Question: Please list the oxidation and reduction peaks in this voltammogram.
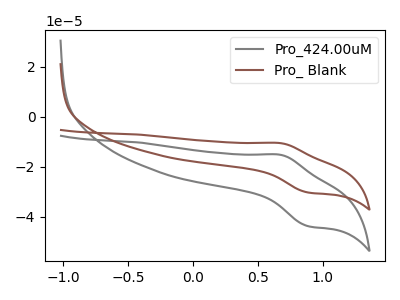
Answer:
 <answer>The gray curve "Pro_424.00uM" has an anodic peak at (0.70V, -15.20uA) and a cathodic peak at (0.90V, -43.75uA). The brown curve "Pro_ Blank" has an anodic peak at (0.70V, -10.50uA) and a cathodic peak at (0.90V, -30.25uA).</answer>
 <eval></eval>